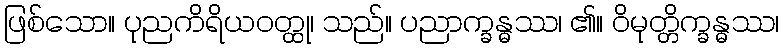
ဖြစ်သော။ ပုညကိရိယဝတ္ထု၊ သည်။ ပညာက္ခန္ဓဿ၊ ၏။ ဝိမုတ္တိက္ခန္ဓဿ၊